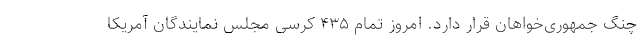
چنگ جمهوری‌خواهان قرار دارد. امروز تمام ۴۳۵ کرسی مجلس نمایندگان آمریکا